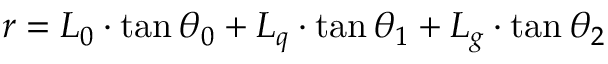
r = L _ { 0 } \cdot \tan \theta _ { 0 } + L _ { q } \cdot \tan \theta _ { 1 } + L _ { g } \cdot \tan \theta _ { 2 }